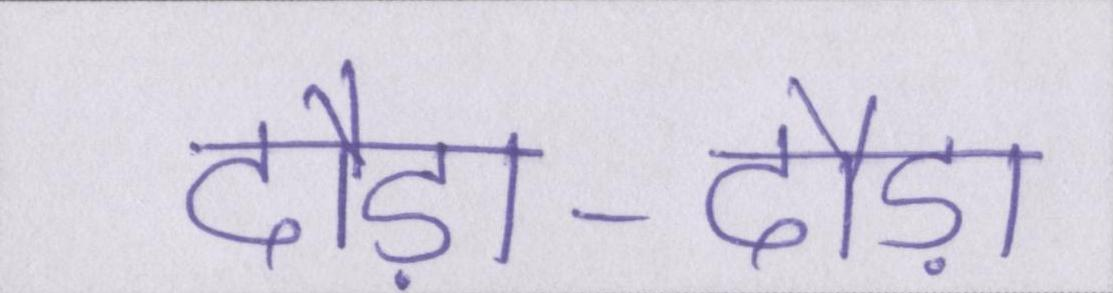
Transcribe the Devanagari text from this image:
दौड़ा-दौड़ा